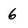
Character: 6